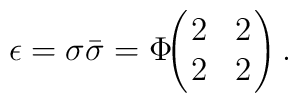
\epsilon =\sigma \bar{\sigma} = \Phi\!\!\left(\!\!\begin{array}{cc} 2& 2\\ 2& 2 \end{array}\!\! \right).